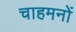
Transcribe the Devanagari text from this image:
चाहमनों